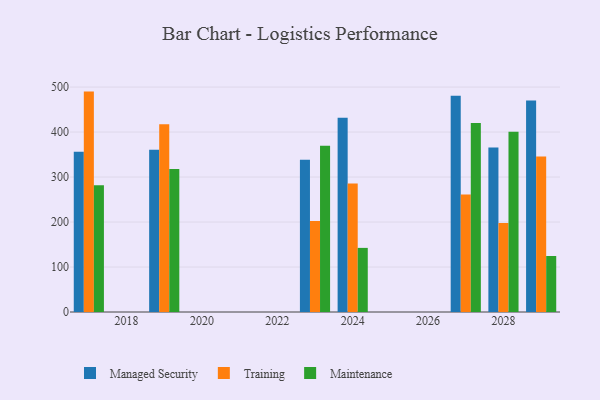
{"axis": {"x": "Year", "y": "Operating Costs (USD K)"}, "legend": ["Maintenance", "Managed Security", "Training"], "data": [{"x": "2024", "y": 431.7, "type": "Managed Security"}, {"x": "2024", "y": 285.5, "type": "Training"}, {"x": "2024", "y": 142.5, "type": "Maintenance"}, {"x": "2028", "y": 365.7, "type": "Managed Security"}, {"x": "2028", "y": 198.1, "type": "Training"}, {"x": "2028", "y": 400.4, "type": "Maintenance"}, {"x": "2027", "y": 480.6, "type": "Managed Security"}, {"x": "2027", "y": 261.3, "type": "Training"}, {"x": "2027", "y": 420.1, "type": "Maintenance"}, {"x": "2017", "y": 356.1, "type": "Managed Security"}, {"x": "2017", "y": 489.9, "type": "Training"}, {"x": "2017", "y": 282.0, "type": "Maintenance"}, {"x": "2029", "y": 470.1, "type": "Managed Security"}, {"x": "2029", "y": 345.4, "type": "Training"}, {"x": "2029", "y": 124.5, "type": "Maintenance"}, {"x": "2019", "y": 360.9, "type": "Managed Security"}, {"x": "2019", "y": 417.6, "type": "Training"}, {"x": "2019", "y": 318.0, "type": "Maintenance"}, {"x": "2023", "y": 338.6, "type": "Managed Security"}, {"x": "2023", "y": 202.5, "type": "Training"}, {"x": "2023", "y": 369.7, "type": "Maintenance"}]}